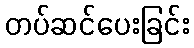
တပ်ဆင်ပေးခြင်း